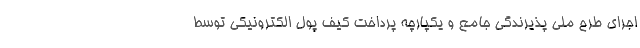
اجرای طرح ملی پذیرندگی جامع و یکپارچه پرداخت کیف پول الکترونیکی توسط